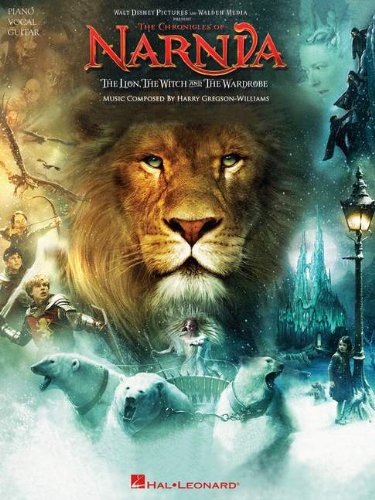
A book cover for The Chronicles of Narnia: The Lion, the Witch and The Wardrobe; Christian Books & Bibles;